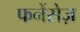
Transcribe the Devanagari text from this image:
फनेंसेज़